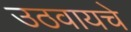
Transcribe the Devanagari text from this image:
उठवायचे